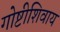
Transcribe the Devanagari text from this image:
गोष्टीशिवाय